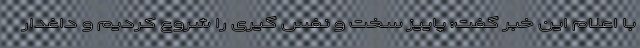
با اعلام این خبر گفت: پاییز سخت و نفس گیری را شروع کردیم و داغدار